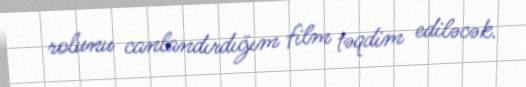
rolunu canlandırdığım film təqdim ediləcək.